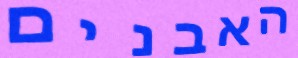
האבנים